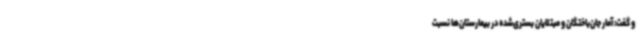
و گفت: آمار جان‌باختگان و مبتلایان بستری‌شده در بیمارستان‌ها نسبت